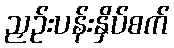
ညှဉ်းပန်းနှိပ်စက်